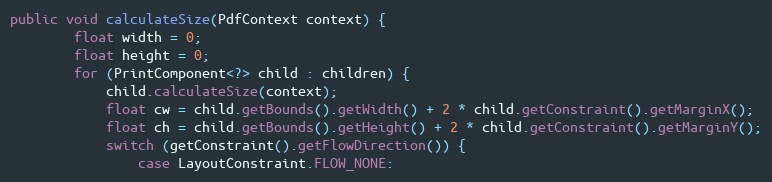
Language: Java
public void calculateSize(PdfContext context) {
		float width = 0;
		float height = 0;
		for (PrintComponent<?> child : children) {
			child.calculateSize(context);
			float cw = child.getBounds().getWidth() + 2 * child.getConstraint().getMarginX();
			float ch = child.getBounds().getHeight() + 2 * child.getConstraint().getMarginY();
			switch (getConstraint().getFlowDirection()) {
				case LayoutConstraint.FLOW_NONE: